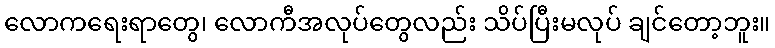
လောကရေးရာတွေ၊ လောကီအလုပ်တွေလည်း သိပ်ပြီးမလုပ် ချင်တော့ဘူး။